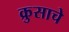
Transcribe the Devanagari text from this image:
क्रुसाचे